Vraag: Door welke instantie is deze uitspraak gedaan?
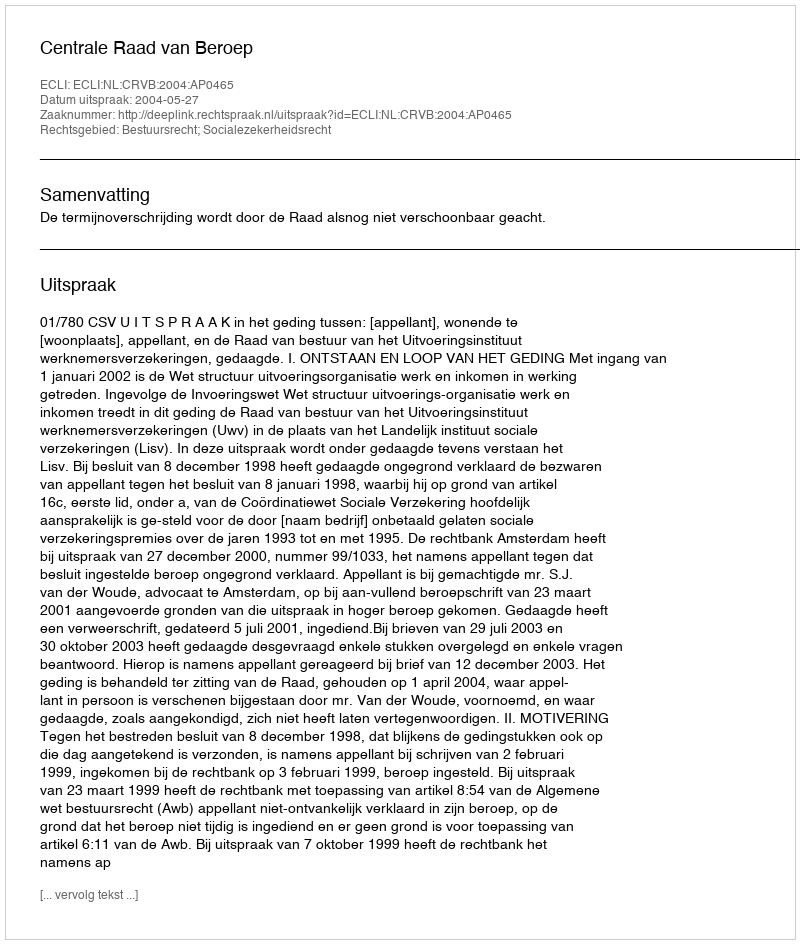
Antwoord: Centrale Raad van Beroep